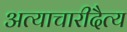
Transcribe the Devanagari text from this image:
अत्याचारीदैत्य